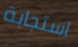
استجابة